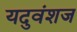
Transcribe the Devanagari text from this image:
यदुवंशज